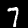
Label: 7